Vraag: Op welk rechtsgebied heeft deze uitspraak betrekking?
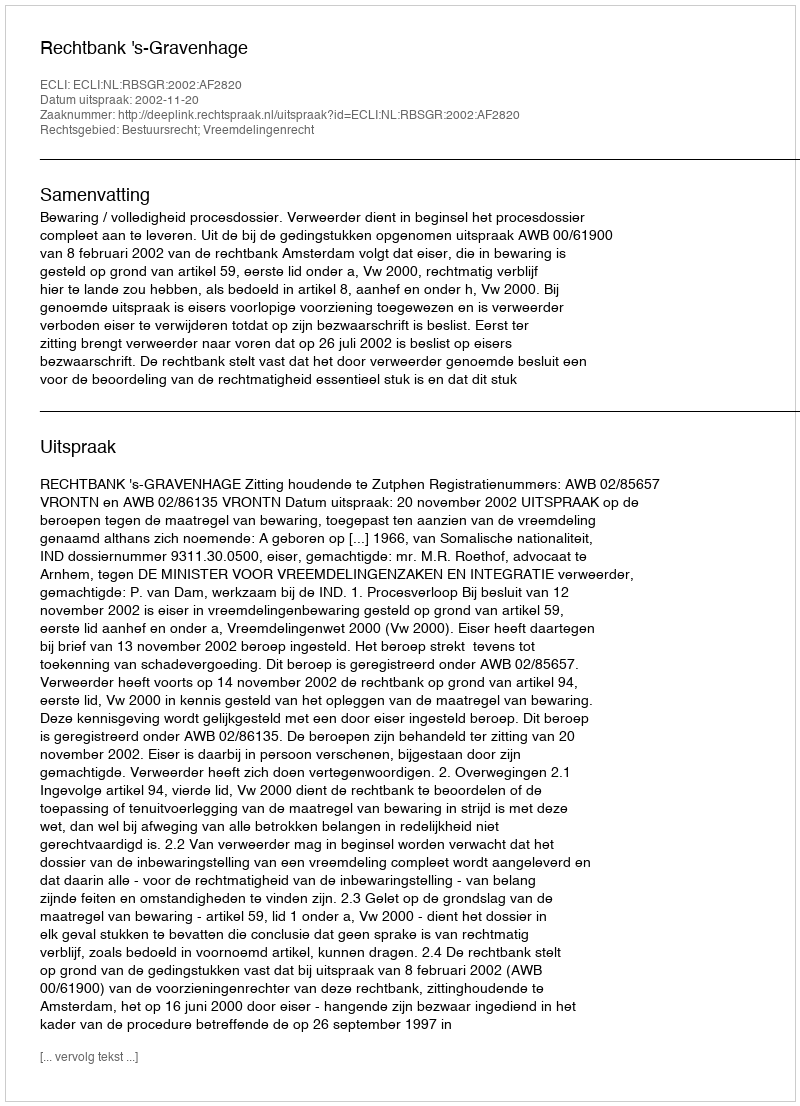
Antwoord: Bestuursrecht; Vreemdelingenrecht